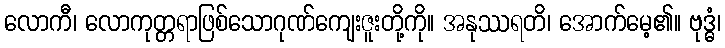
လောကီ၊ လောကုတ္တရာဖြစ်သောဂုဏ်ကျေးဇူးတို့ကို။ အနုဿရတိ၊ အောက်မေ့၏။ ဗုဒ္ဓံ၊